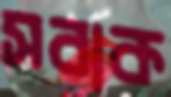
সবাক